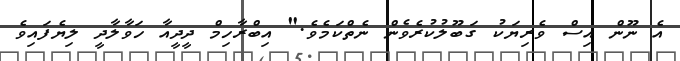
އެ ނޫން އިސް ވެރިޔަކު ގަބޫލުކުރެވެން ނެތްކަމެވެ." އިބްރާހިމް ދީދީއާ ހަވާލާދީ ލިޔެފައިވެ